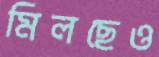
মিলছেও